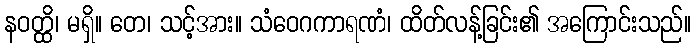
နဝတ္ထိ၊ မရှိ။ တေ၊ သင့်အား။ သံဝေဂကာရဏံ၊ ထိတ်လန့်ခြင်း၏ အကြောင်းသည်။